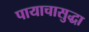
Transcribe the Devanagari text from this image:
पायाचासुद्धा